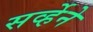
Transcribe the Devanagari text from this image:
सर्व्हेने